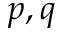
p , q